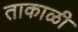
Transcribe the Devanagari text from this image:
ताकाळी